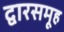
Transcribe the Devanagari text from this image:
द्वारसमूह